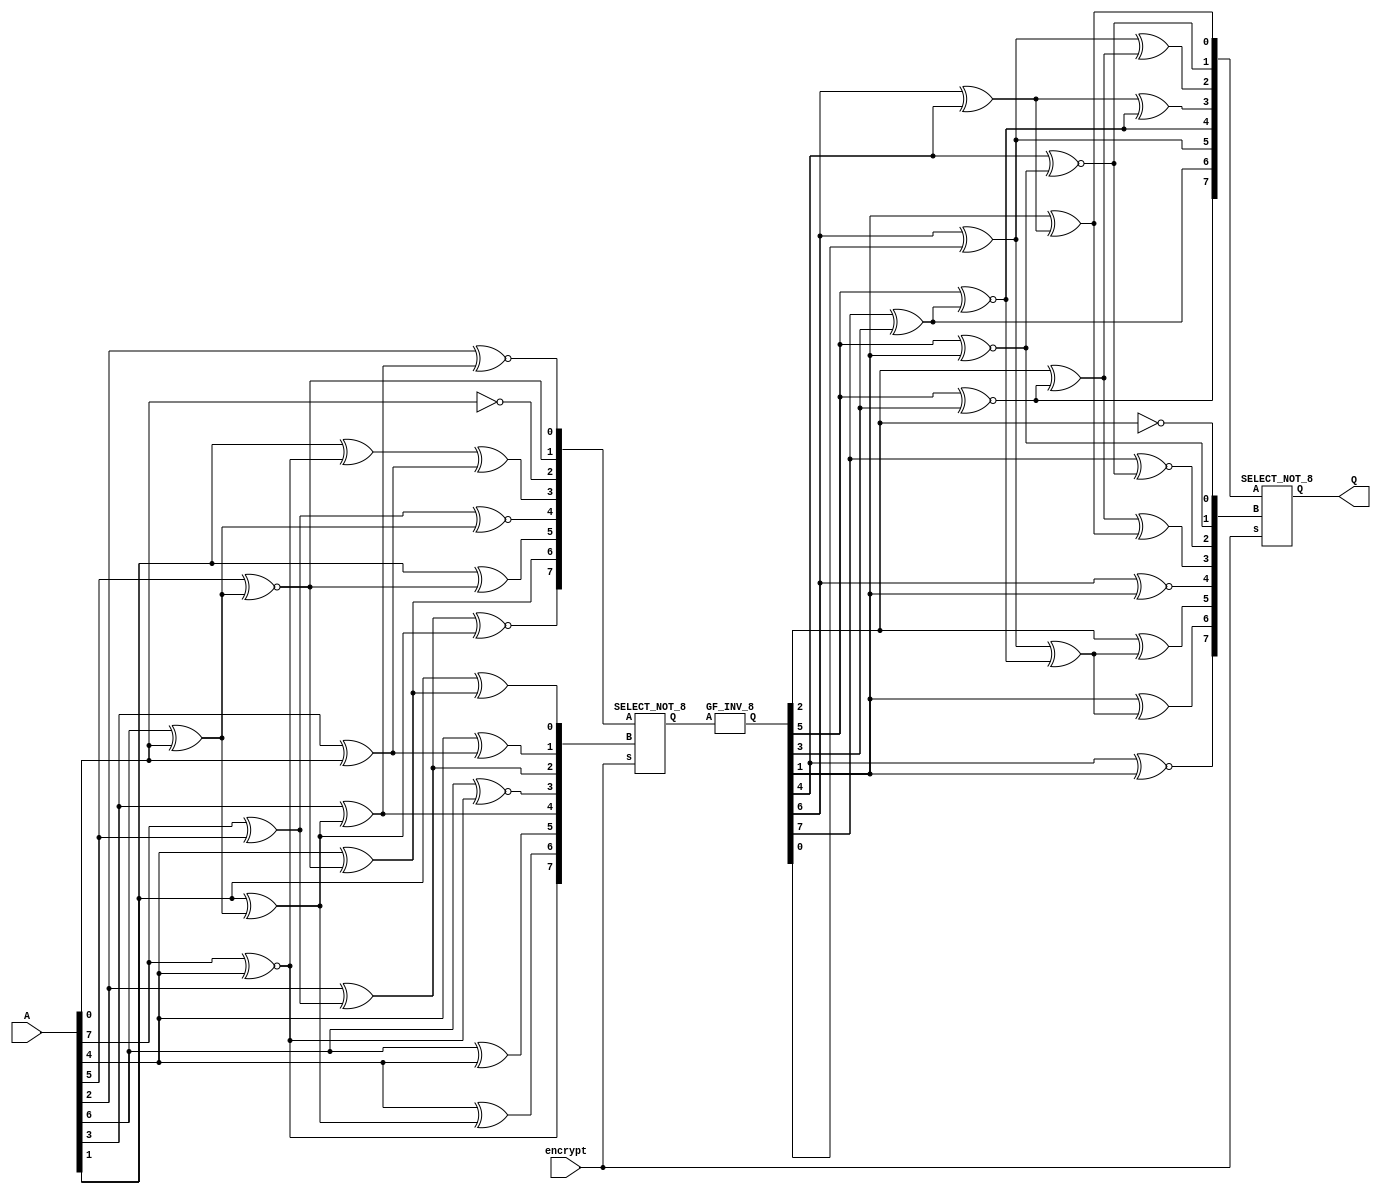
module bSbox ( A, encrypt, Q ); 
input [7:0] A; 
input encrypt; /* 1 for Sbox, 0 for inverse Sbox */ 
output [7:0] Q; 
wire [7:0] B, C, D, X, Y, Z; 
wire R1, R2, R3, R4, R5, R6, R7, R8, R9; 
wire T1, T2, T3, T4, T5, T6, T7, T8, T9, T10;

/* change basis from GF(2^8) to GF(2^8)/GF(2^4)/GF(2^2) */ 
/* combine with bit inverse matrix multiply of Sbox */ 
assign R1 = A[7] ^ A[5] ; 
assign R2 = A[7] ~^ A[4] ; 
assign R3 = A[6] ^ A[0] ; 
assign R4 = A[5] ~^ R3 ; 
assign R5 = A[4] ^ R4 ; 
assign R6 = A[3] ^ A[0] ; 
assign R7 = A[2] ^ R1 ; 
assign R8 = A[1] ^ R3 ; 
assign R9 = A[3] ^ R8 ; 
assign B[7] = R7 ~^ R8 ; 
assign B[6] = R5 ; 
assign B[5] = A[1] ^ R4 ; 
assign B[4] = R1 ~^ R3 ; 
assign B[3] = A[1] ^ R2 ^ R6 ; 
assign B[2] = ~ A[0] ; 
assign B[1] = R4 ; 
assign B[0] = A[2] ~^ R9 ; 
assign Y[7] = R2 ; 
assign Y[6] = A[4] ^ R8 ; 
assign Y[5] = A[6] ^ A[4] ; 
assign Y[4] = R9 ; 
assign Y[3] = A[6] ~^ R2 ; 
assign Y[2] = R7 ; 
assign Y[1] = A[4] ^ R6 ; 
assign Y[0] = A[1] ^ R5 ; 
	SELECT_NOT_8 sel_in( B, Y, encrypt, Z ); 
	GF_INV_8 inv( Z, C ); 
/* change basis back from GF(2^8)/GF(2^4)/GF(2^2) to GF(2^8) */ 
assign T1 = C[7] ^ C[3] ; 
assign T2 = C[6] ^ C[4] ; 
assign T3 = C[6] ^ C[0] ;
assign T4 = C[5] ~^ C[3] ; 
assign T5 = C[5] ~^ T1 ; 
assign T6 = C[5] ~^ C[1] ; 
assign T7 = C[4] ~^ T6 ; 
assign T8 = C[2] ^ T4 ; 
assign T9 = C[1] ^ T2 ; 
assign T10 = T3 ^ T5 ; 
assign D[7] = T4 ; 
assign D[6] = T1 ; 
assign D[5] = T3 ; 
assign D[4] = T5 ; 
assign D[3] = T2 ^ T5 ; 
assign D[2] = T3 ^ T8 ; 
assign D[1] = T7 ; 
assign D[0] = T9 ; 
assign X[7] = C[4] ~^ C[1] ; 
assign X[6] = C[1] ^ T10 ; 
assign X[5] = C[2] ^ T10 ; 
assign X[4] = C[6] ~^ C[1] ; 
assign X[3] = T8 ^ T9 ; 
assign X[2] = C[7] ~^ T7 ; 
assign X[1] = T6 ; 
assign X[0] = ~ C[2] ; 
	SELECT_NOT_8 sel_out( D, X, encrypt, Q ); 
endmodule

module SELECT_NOT_8 ( A, B, s, Q ); 
input [7:0] A; 
input [7:0] B; 
input s; 
output [7:0] Q; 
MUX21I m7(A[7],B[7],s,Q[7]); 
MUX21I m6(A[6],B[6],s,Q[6]); 
MUX21I m5(A[5],B[5],s,Q[5]); 
MUX21I m4(A[4],B[4],s,Q[4]); 
MUX21I m3(A[3],B[3],s,Q[3]); 
MUX21I m2(A[2],B[2],s,Q[2]); 
MUX21I m1(A[1],B[1],s,Q[1]);
MUX21I m0(A[0],B[0],s,Q[0]); 
endmodule

module MUX21I ( A, B, s, Q ); 
input A; 
input B; 
input s; 
output Q; 
assign Q = ~ ( s ? A : B ); /* mock-up for FPGA implementation */ 
endmodule

module GF_INV_8 ( A, Q ); 
input [7:0] A; 
output [7:0] Q; 
wire [3:0] a, b, ab, ab2, d, p, q; 
wire [1:0] sa, sb, sd, t; /* for shared factors in multipliers */ 
wire al, ah, aa, bl, bh, bb, dl, dh, dd; /* for shared factors */

assign a = A[7:4]; 
assign b = A[3:0]; 
assign sa = a[3:2] ^ a[1:0]; 
assign sb = b[3:2] ^ b[1:0];
assign al = a[1] ^ a[0]; 
assign ah = a[3] ^ a[2]; 
assign aa = sa[1] ^ sa[0]; 
assign bl = b[1] ^ b[0]; 
assign bh = b[3] ^ b[2]; 
assign bb = sb[1] ^ sb[0]; 
GF_MULS_4 abmul(a, sa, al, ah, aa, b, sb, bl, bh, bb, ab); 

/* optimize this section as shown below 
GF_SQ_SCL_4 absq( (a ^ b), ab2); */ 
assign t = sa ^ sb; 
assign ab2 = { t[0], t[1], al ^ bl, a[0] ^ b[0] }; 
/* end of optimization */ 

GF_INV_4 dinv( (ab ^ ab2), d);
assign sd = d[3:2] ^ d[1:0]; 
assign dl = d[1] ^ d[0]; 
assign dh = d[3] ^ d[2]; 
assign dd = sd[1] ^ sd[0]; 
GF_MULS_4 pmul(d, sd, dl, dh, dd, b, sb, bl, bh, bb, p); 
GF_MULS_4 qmul(d, sd, dl, dh, dd, a, sa, al, ah, aa, q); 
assign Q = { p, q }; 
endmodule

module GF_MULS_4 ( A, a, Al, Ah, aa, B, b, Bl, Bh, bb, Q ); 
input [3:0] A; 
input [1:0] a; 
input Al; 
input Ah; 
input aa; 
input [3:0] B; 
input [1:0] b; 
input Bl; 
input Bh; 
input bb; 
output [3:0] Q; 
wire [1:0] ph, pl, ps, p; 
wire t;

GF_MULS_2 himul(A[3:2], Ah, B[3:2], Bh, ph);
GF_MULS_2 lomul(A[1:0], Al, B[1:0], Bl, pl); 
GF_MULS_SCL_2 summul( a, aa, b, bb, p); 
assign Q = { (ph ^ p), (pl ^ p) }; 
endmodule

module GF_INV_4 ( A, Q ); 
input [3:0] A; 
output [3:0] Q; 
wire [1:0] a, b, ab, ab2N, d, p, q; 
wire sa, sb, sd;  /* for shared factors in multipliers */

assign a = A[3:2]; 
assign b = A[1:0]; 
assign sa = a[1] ^ a[0]; 
assign sb = b[1] ^ b[0]; 
GF_MULS_2 abmul(a, sa, b, sb, ab); 

/* optimize this section as shown below 
GF_SQ_2 absq( (a ^ b), ab2); 
GF_SCLW2_2 absclN( ab2, ab2N); 
*/ 

assign ab2N = { a[1] ^ b[1], sa ^ sb }; 
/* end of optimization */ 

GF_SQ_2 dinv( (ab ^ ab2N), d); 
assign sd = d[1] ^ d[0]; 
GF_MULS_2 pmul(d, sd, b, sb, p); 
GF_MULS_2 qmul(d, sd, a, sa, q); 
assign Q = { p, q }; 
endmodule

module GF_SQ_2 ( A, Q ); 
input [1:0] A; 
output [1:0] Q;
assign Q = { A[0], A[1] };
endmodule

module GF_MULS_SCL_2 ( A, ab, B, cd, Q ); 
input [1:0] A; 
input ab; 
input [1:0] B; 
input cd; 
output [1:0] Q; 
wire m0, m1, ms;

nand n0(m0, A[0], B[0]); 
nand n1(m1, A[1], B[1]); 
nand ns(ms, ab, cd); 
assign Q = { ms ^ m0, m1 ^ m0 }; 
endmodule

module GF_MULS_2 ( A, ab, B, cd, Q ); 
input [1:0] A; 
input ab; 
input [1:0] B; 
input cd; 
output [1:0] Q; 
wire m0, m1, ms;
nand n0(m0, A[0], B[0]); 
nand n1(m1, A[1], B[1]); 
nand ns(ms, ab, cd); 
assign Q = { m1 ^ ms, m0 ^ ms }; 
endmodule